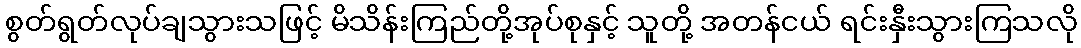
စွတ်ရွတ်လုပ်ချသွားသဖြင့် မိသိန်းကြည်တို့အုပ်စုနှင့် သူတို့ အတန်ငယ် ရင်းနှီးသွားကြသလို